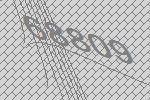
68809